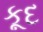
કૂદ